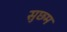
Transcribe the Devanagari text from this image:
सुछ्म